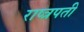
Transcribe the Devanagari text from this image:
राष्त्रपती